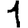
Digit: 1